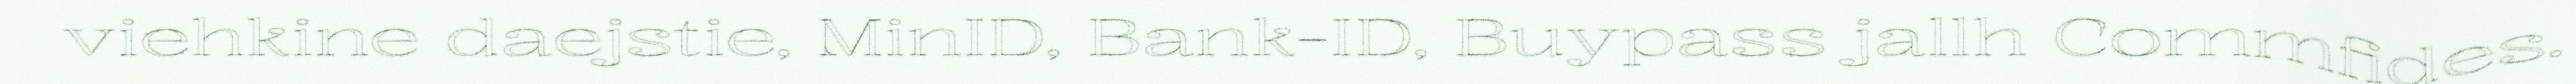
viehkine daejstie, MinID, Bank-ID, Buypass jallh Commfides.